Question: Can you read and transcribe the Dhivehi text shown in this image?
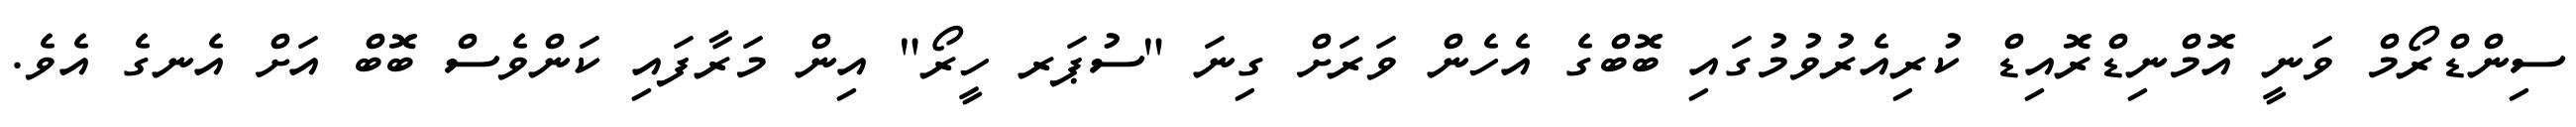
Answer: ސިންޑްރޯމް ވަނީ އޮމްނިޑްރޮއިޑް ކުރިއެރުވުމުގައި ބޮބްގެ އެހެން ވަރަށް ގިނަ "ސުޕަރ ހީރޯ" އިން މަރާފައި ކަންވެސް ބޮބް އަށް އެނގެ އެވެ.